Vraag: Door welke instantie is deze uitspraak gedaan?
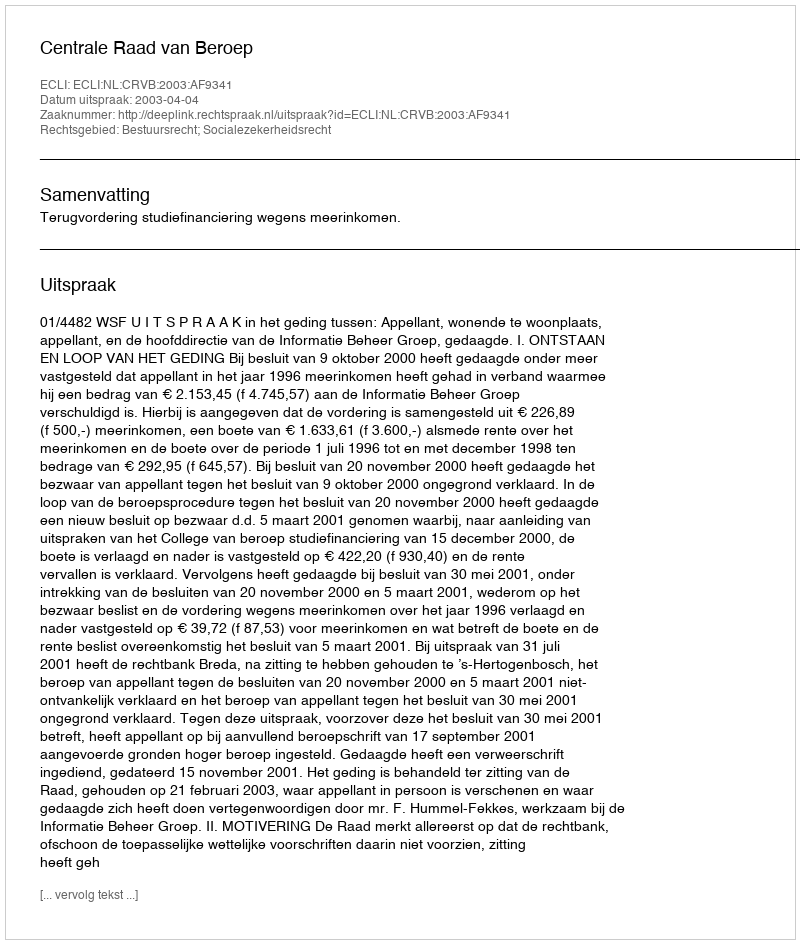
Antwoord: Centrale Raad van Beroep